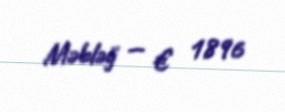
Məbləğ — € 1896